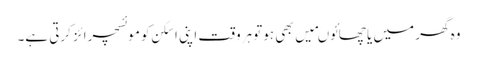
وہ گھر میں یا چھائوںمیں بھی ہوتو ہروقت اپنی اسکن کو موئسچرائز کرتی ہے۔